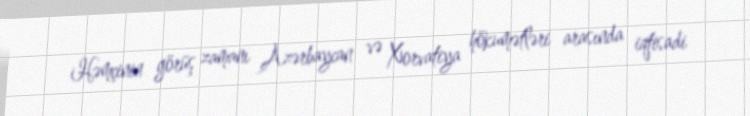
Həmçinin görüş zamanı Azərbaycan və Xorvatiya hökumətləri arasında iqtisadi